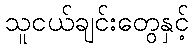
သူငယ်ချင်းတွေနှင့်